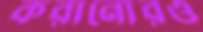
করানোরও